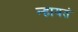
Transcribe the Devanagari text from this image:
न्हायतं